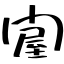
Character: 𨵱